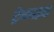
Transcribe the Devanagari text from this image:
ट्रेकाइट